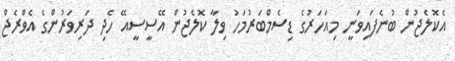
އެކޮލެޖުން ބުނެފައިވަނީ މިއަހަރުގެ ޑިސެމްބަރުމަހު ވިލާ ކޮލެޖުން އޭސީސީއޭ ހެދި ދަރިވަރުންގެ އެވްރެޖް